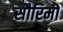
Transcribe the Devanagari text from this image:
सौरिमो